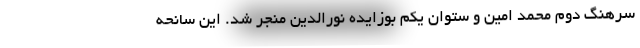
سرهنگ دوم محمد امین و ستوان یکم بوزایده نورالدین منجر شد. این سانحه